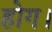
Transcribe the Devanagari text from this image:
होग।